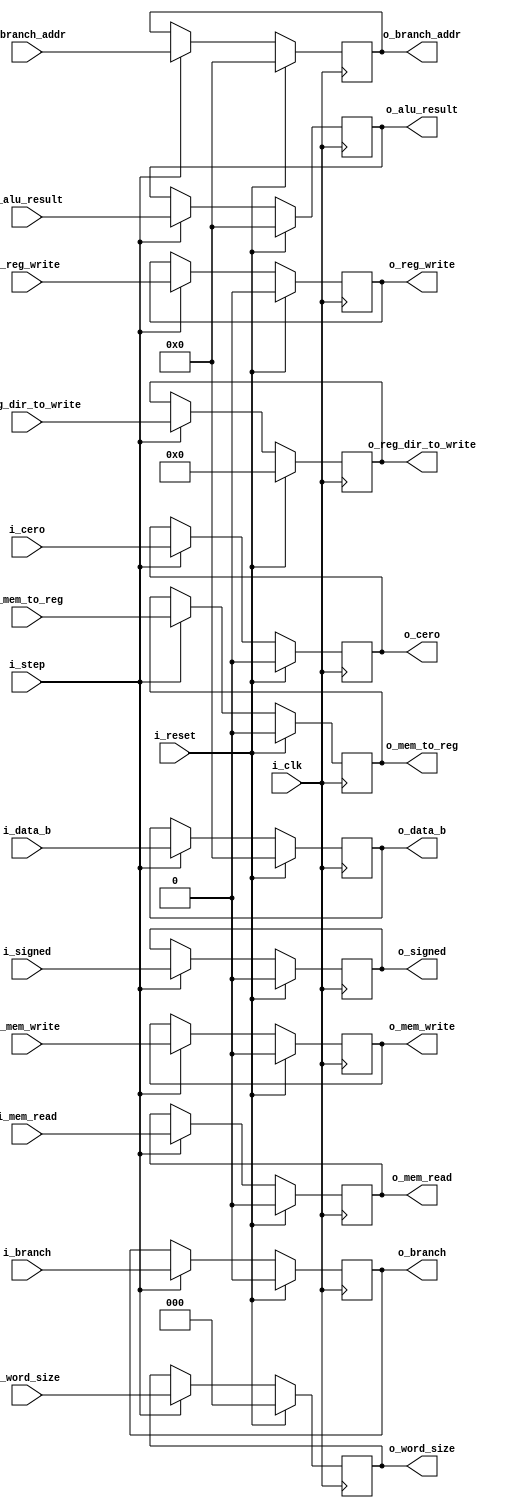
`timescale 1ns / 1ps

module EX_MEM #(
    parameter NB = 32,
    parameter NB_SIZE_TYPE = 3,
    parameter NB_REGS = 5
) (
    input                    i_clk,
    input                    i_step,
    input                    i_reset,
    input                    i_cero,
    input                    i_branch,
    input [          NB-1:0] i_alu_result,
    input [          NB-1:0] i_branch_addr,
    input [          NB-1:0] i_data_b,
    input                    i_mem_read,
    input                    i_mem_write,
    input                    i_reg_write,
    input                    i_mem_to_reg,
    input                    i_signed,
    input [     NB_REGS-1:0] i_reg_dir_to_write,
    input [NB_SIZE_TYPE-1:0] i_word_size,

    output reg                    o_cero,
    output reg [          NB-1:0] o_alu_result,
    output reg [          NB-1:0] o_data_b,
    output reg                    o_mem_read,
    output reg                    o_mem_write,
    output reg                    o_mem_to_reg,
    output reg                    o_signed,
    output reg                    o_reg_write,
    output reg [     NB_REGS-1:0] o_reg_dir_to_write,
    output reg [NB_SIZE_TYPE-1:0] o_word_size,
    output reg                    o_branch,
    output reg [          NB-1:0] o_branch_addr
);

  always @(negedge i_clk) begin
    if (i_reset) begin
      o_cero             <= 0;
      o_alu_result       <= 0;
      o_mem_read         <= 0;
      o_mem_write        <= 0;
      o_mem_to_reg       <= 0;
      o_reg_write        <= 0;
      o_reg_dir_to_write <= 0;
      o_word_size        <= 0;
      o_branch           <= 0;
      o_branch_addr      <= 0;
      o_data_b           <= 0;
      o_signed           <= 0;
    end else begin
      if (i_step) begin
        o_cero             <= i_cero;
        o_alu_result       <= i_alu_result;
        o_mem_read         <= i_mem_read;
        o_mem_write        <= i_mem_write;
        o_mem_to_reg       <= i_mem_to_reg;
        o_reg_write        <= i_reg_write;
        o_reg_dir_to_write <= i_reg_dir_to_write;
        o_word_size        <= i_word_size;
        o_branch           <= i_branch;
        o_branch_addr      <= i_branch_addr;
        o_data_b           <= i_data_b;
        o_signed           <= i_signed;
      end
    end
  end

endmodule